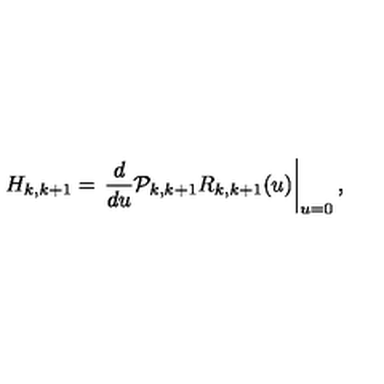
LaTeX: H _ { k , k + 1 } = \left. \frac { d } { d u } { \cal P } _ { k , k + 1 } R _ { k , k + 1 } ( u ) \right| _ { u = 0 } ,